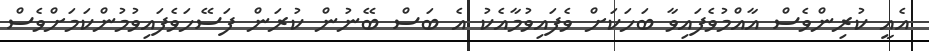
އެއީ ކުރިންވެސް އާއްމުވެފައިވާ ބަހަކަށް ވެފައިވުމާއެކު އެ ބަސް ބޭނުން ކުރަން ފަސޭހަވެފައިވުމުންކަމަށްވެސް